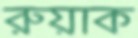
রুয়াক